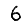
Digit: 6